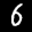
Label: 6